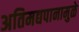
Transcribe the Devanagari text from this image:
अतिमद्यपानामुळे